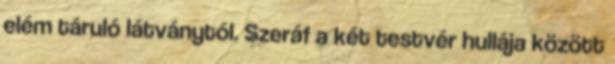
elém táruló látványtól. Szeráf a két testvér hullája között